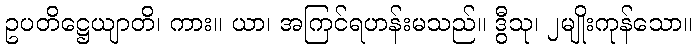
ဥပတိဋ္ဌေယျာတိ၊ ကား။ ယာ၊ အကြင်ရဟန်းမသည်။ ဒွီသု၊ ၂မျိုးကုန်သော။